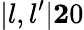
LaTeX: |l,l^{\prime}|\le 20